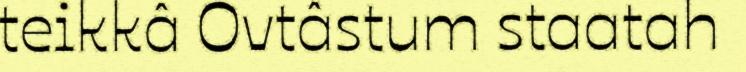
teikkâ Ovtâstum staatah